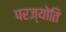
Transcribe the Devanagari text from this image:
परज्योति